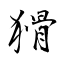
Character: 猾